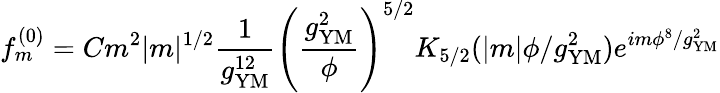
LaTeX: f_{m}^{(0)}=Cm^{2}|m|^{1/2}\frac{1}{g_{\mathrm{YM}}^{12}}\left(\frac{g_{\mathrm{YM}}^{2}}{\phi}\right)^{5/2}K_{5/2}(|m|\phi/g_{\mathrm{YM}}^{2})e^{im\phi^{8}/g_{\mathrm{YM}}^{2}}